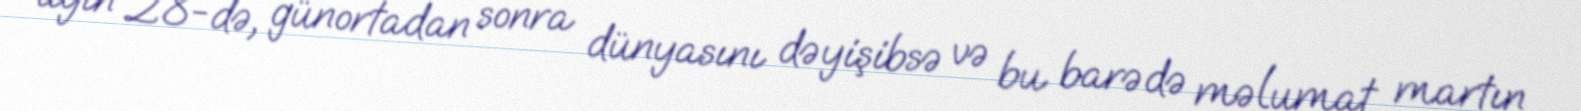
ayın 28-də, günortadan sonra dünyasını dəyişibsə və bu barədə məlumat martın